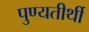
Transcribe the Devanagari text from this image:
पुण्यतीर्थी